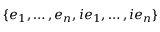
\{ e _ { 1 } , \ldots , e _ { n } , i e _ { 1 } , \ldots , i e _ { n } \}